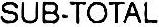
SUB-TOTAL